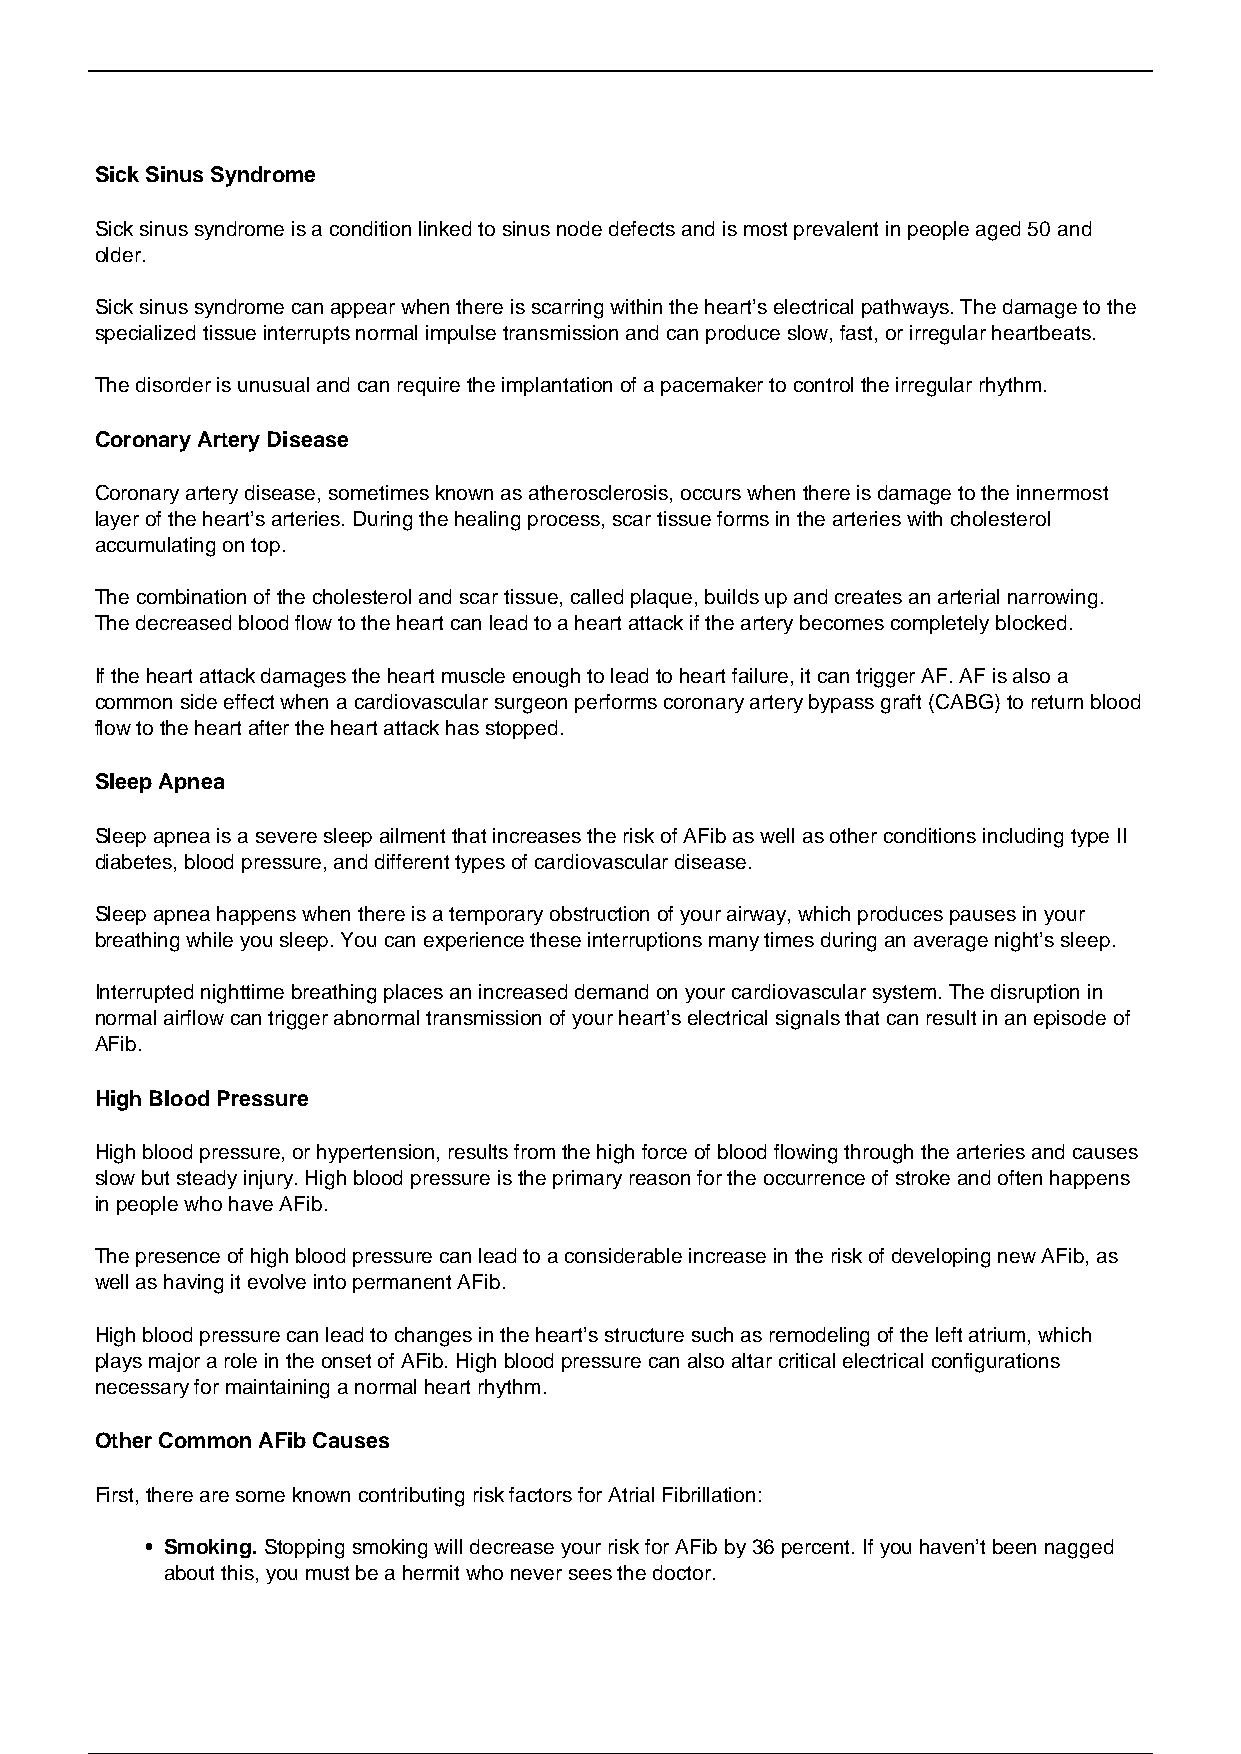
Sick Sinus Syndrome
 Sick sinus syndrome is a condition linked to sinus node defects and is most prevalent in people aged 50 and
 older.
 Sick sinus syndrome can appear when there is scarring within the heart’s electrical pathways. The damage to the
 specialized tissue interrupts normal impulse transmission and can produce slow, fast, or irregular heartbeats.
 The disorder is unusual and can require the implantation of a pacemaker to control the irregular rhythm.
 Coronary Artery Disease
 Coronary artery disease, sometimes known as atherosclerosis, occurs when there is damage to the innermost
 layer of the heart’s arteries. During the healing process, scar tissue forms in the arteries with cholesterol
 accumulating on top.
 The combination of the cholesterol and scar tissue, called plaque, builds up and creates an arterial narrowing.
 The decreased blood flow to the heart can lead to a heart attack if the artery becomes completely blocked.
 If the heart attack damages the heart muscle enough to lead to heart failure, it can trigger AF. AF is also a
 common side effect when a cardiovascular surgeon performs coronary artery bypass graft (CABG) to return blood
 flow to the heart after the heart attack has stopped.
 Sleep Apnea
 Sleep apnea is a severe sleep ailment that increases the risk of AFib as well as other conditions including type II
 diabetes, blood pressure, and different types of cardiovascular disease.
 Sleep apnea happens when there is a temporary obstruction of your airway, which produces pauses in your
 breathing while you sleep. You can experience these interruptions many times during an average night’s sleep.
 Interrupted nighttime breathing places an increased demand on your cardiovascular system. The disruption in
 normal airflow can trigger abnormal transmission of your heart’s electrical signals that can result in an episode of
 AFib.
 High Blood Pressure
 High blood pressure, or hypertension, results from the high force of blood flowing through the arteries and causes
 slow but steady injury. High blood pressure is the primary reason for the occurrence of stroke and often happens
 in people who have AFib.
 The presence of high blood pressure can lead to a considerable increase in the risk of developing new AFib, as
 well as having it evolve into permanent AFib.
 High blood pressure can lead to changes in the heart’s structure such as remodeling of the left atrium, which
 plays major a role in the onset of AFib. High blood pressure can also altar critical electrical configurations
 necessary for maintaining a normal heart rhythm.
 Other Common AFib Causes
 First, there are some known contributing risk factors for Atrial Fibrillation:
 Smoking. Stopping smoking will decrease your risk for AFib by 36 percent. If you haven’t been nagged
 about this, you must be a hermit who never sees the doctor.
 2 / 3